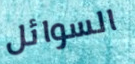
السوائل